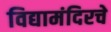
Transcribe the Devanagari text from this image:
विद्यामंदिरचे